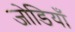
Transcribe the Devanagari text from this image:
जोडियाँ